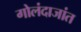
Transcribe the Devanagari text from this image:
गोलंदाजांत